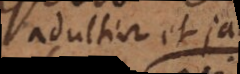
adultiar et jam